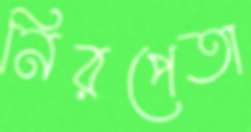
নিরপেতা